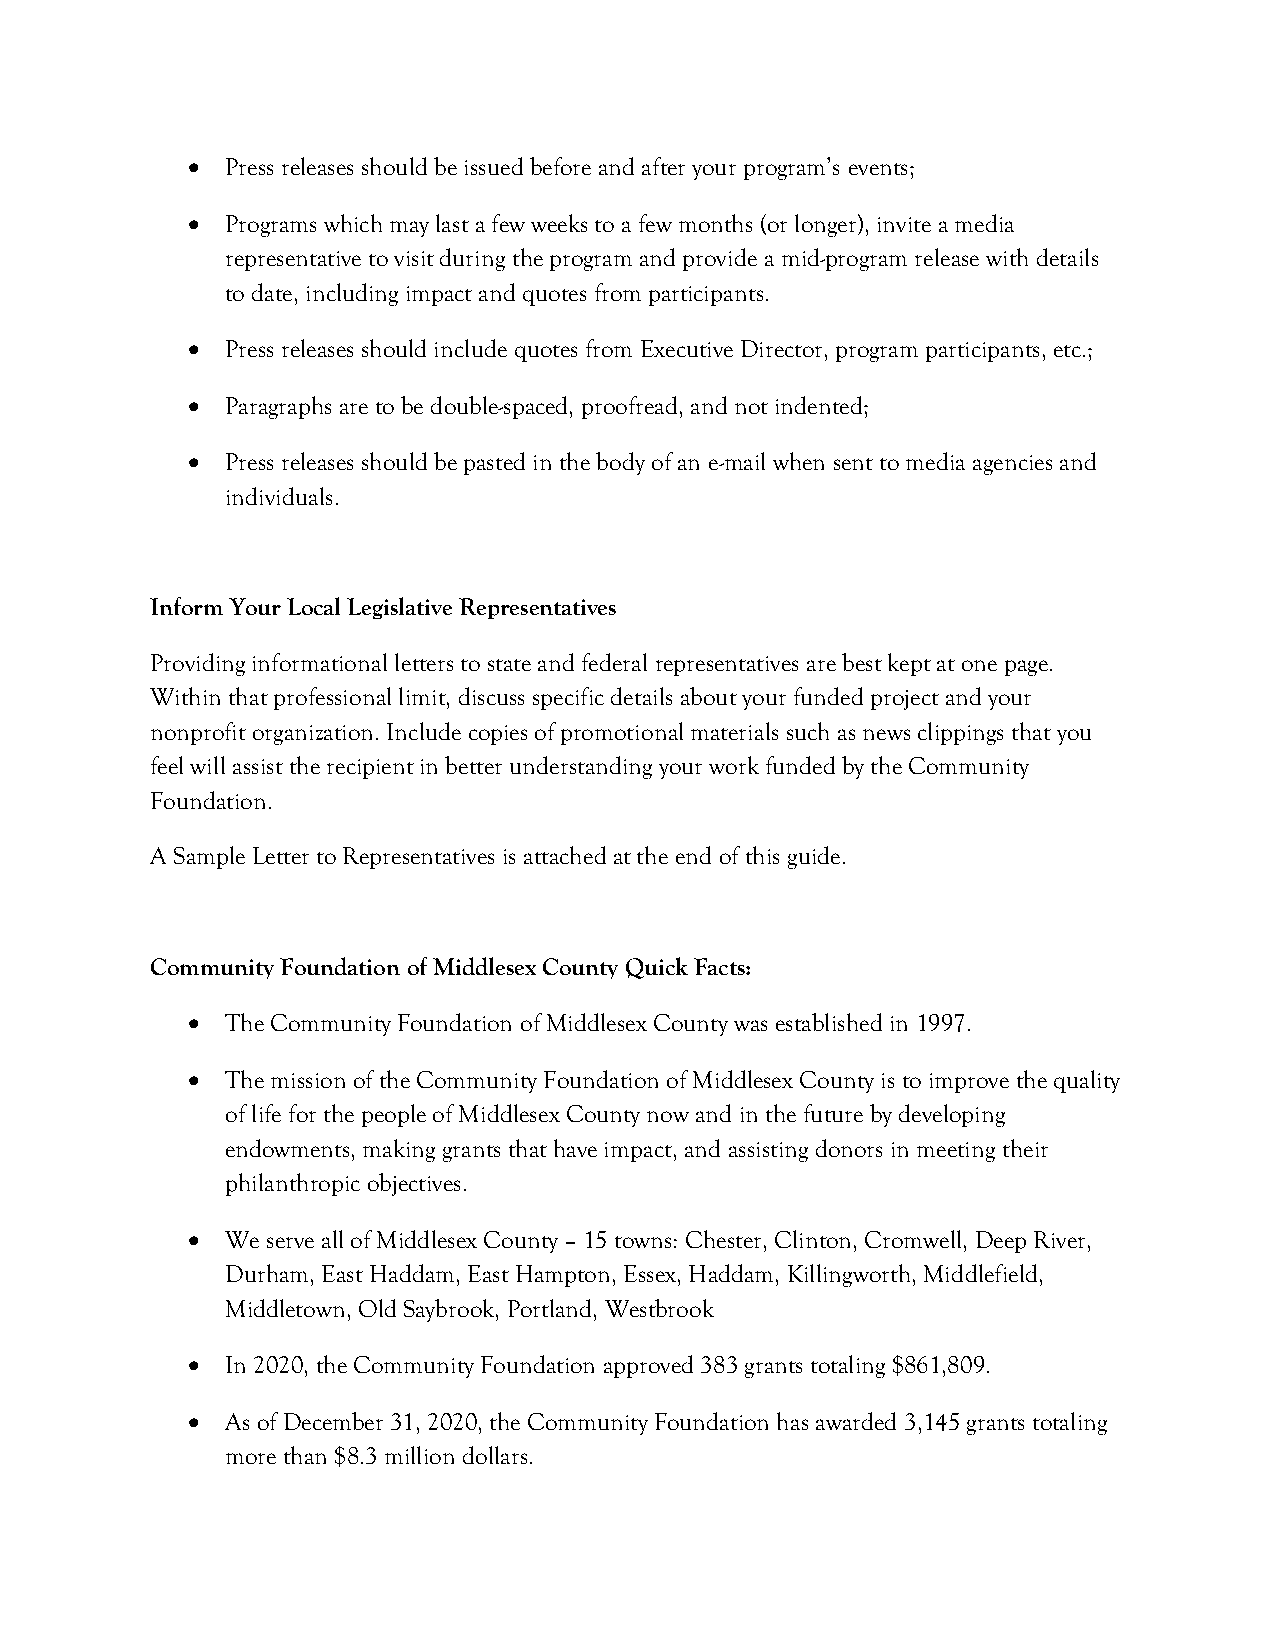
•  Press releases should be issued before and after your program’s events;
 •  Programs which may last a few weeks to a few months (or longer), invite a media
 representative to visit during the program and provide a mid-program release with details
 to date, including impact and quotes from participants.
 •  Press releases should include quotes from Executive Director, program participants, etc.;
 •  Paragraphs are to be double-spaced, proofread, and not indented;
 •  Press releases should be pasted in the body of an e-mail when sent to media agencies and
 individuals.
 Inform Your Local Legislative Representatives
 Providing informational letters to state and federal representatives are best kept at one page.
 Within that professional limit, discuss specific details about your funded project and your
 nonprofit organization. Include copies of promotional materials such as news clippings that you
 feel will assist the recipient in better understanding your work funded by the Community
 Foundation.
 A Sample Letter to Representatives is attached at the end of this guide.
 Community Foundation of Middlesex County Quick Facts:
 •  The Community Foundation of Middlesex County was established in 1997.
 •  The mission of the Community Foundation of Middlesex County is to improve the quality
 of life for the people of Middlesex County now and in the future by developing
 endowments, making grants that have impact, and assisting donors in meeting their
 philanthropic objectives.
 •  We serve all of Middlesex County – 15 towns: Chester, Clinton, Cromwell, Deep River,
 Durham, East Haddam, East Hampton, Essex, Haddam, Killingworth, Middlefield,
 Middletown, Old Saybrook, Portland, Westbrook
 •  In 2020, the Community Foundation approved 383 grants totaling $861,809.
 •  As of December 31, 2020, the Community Foundation has awarded 3,145 grants totaling
 more than $8.3 million dollars.